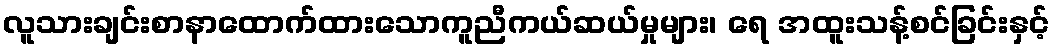
လူသားချင်းစာနာထောက်ထားသောကူညီကယ်ဆယ်မှုများ၊ ရေ အထူးသန့်စင်ခြင်းနှင့်